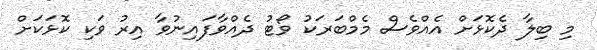
މި ބިލާ ދެކޮޅަށް އެއްވެސް މެމްބަރަކު ވޯޓު ދެއްވާފައިނުވާ އިރު ވަކި ކޮޅަކަށް